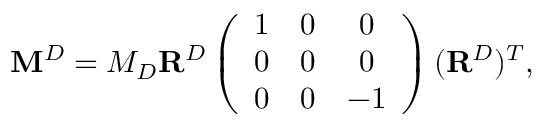
\mathbf { M } ^ { D } = M _ { D } \mathbf { R } ^ { D } \left( \begin{array} { c c c } { 1 } & { 0 } & { 0 } \\ { 0 } & { 0 } & { 0 } \\ { 0 } & { 0 } & { - 1 } \end{array} \right) ( \mathbf { R } ^ { D } ) ^ { T } ,